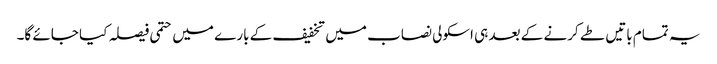
یہ تمام باتیں طے کرنے کے بعد ہی اسکولی نصاب میں تخفیف کے بارے میں حتمی فیصلہ کیا جائے گا۔